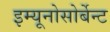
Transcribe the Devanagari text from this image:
इम्यूनोसोर्बेन्ट